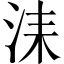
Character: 洡